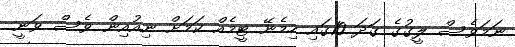
ނަމަވެސް ލީގުގެ ގަދަ 10ގައި ހިމެނޭ ޓީމެއް ކަމަށް ނިއުއިން ވެސް ވަނީ